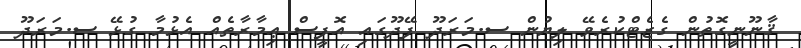
ޤާނޫނީގޮތުން ގެޒެޓްކުރެވޭ ލިޔުން ސ.މަރަދޫ ފޭދޫގައި އޮފީސް ޢިމާރާތެއް އެޅުމާ ގުޅޭ ސ.މަރަދޫ